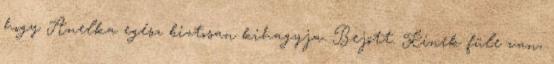
hogy Anelka egész biztosan kihagyja. Bejött. Kinek füle van,